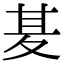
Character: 𭐢